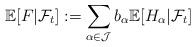
LaTeX: \begin{align*}\mathbb{E}[F|\mathcal{F}_t] := \sum_{\alpha\in\mathcal{J}}b_{\alpha}\mathbb{E}[H_{\alpha}| \mathcal{F}_t]\end{align*}